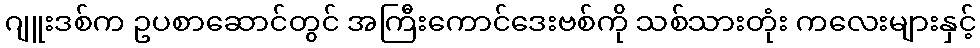
ဂျူးဒစ်က ဥပစာဆောင်တွင် အကြီးကောင်ဒေးဗစ်ကို သစ်သားတုံး ကလေးများနှင့်